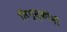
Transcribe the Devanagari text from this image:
लिप्स्कीनी